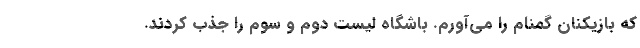
که بازیکنان گمنام را می‌آورم. باشگاه لیست دوم و سوم را جذب کردند.